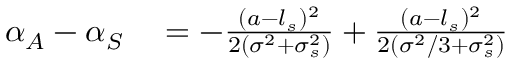
\begin{array} { r l } { \alpha _ { A } - \alpha _ { S } } & { { } = - \frac { ( a - l _ { s } ) ^ { 2 } } { 2 ( \sigma ^ { 2 } + \sigma _ { s } ^ { 2 } ) } + \frac { ( a - l _ { s } ) ^ { 2 } } { 2 ( \sigma ^ { 2 } / 3 + \sigma _ { s } ^ { 2 } ) } } \end{array}